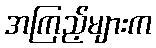
အကြည့်များက